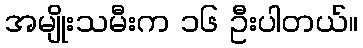
အမျိုးသမီးက ၁၆ ဦးပါတယ်။